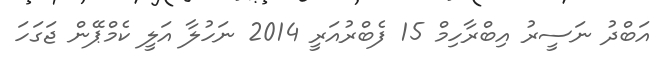
އަބްދު ނަސީރު އިބްރާހިމް 15 ފެބްރުއަރީ 2014 ނަހުލާ އަލީ ކެމްޕޭން ޖަގަހަ